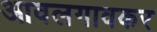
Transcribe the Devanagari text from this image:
आवलगावकर